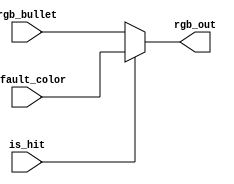
`timescale 1ns / 1ps
//////////////////////////////////////////////////////////////////////////////////
// Company: 
// Engineer: 
// 
// Design Name: 
// Module Name: object_phase_for_enemy_bullet
// Project Name: 
// Target Devices: 
// Tool Versions: 
// Description: 
// 
// Dependencies: 
// 
// Revision:
// Revision 0.01 - File Created
// Additional Comments:
// 
//////////////////////////////////////////////////////////////////////////////////


module object_phase_for_enemy_bullet(
    input [8:0] rgb_bullet,
    input [8:0] default_color,
    input is_hit,
    output [8:0] rgb_out
    );
   
assign rgb_out = is_hit? default_color:rgb_bullet;

endmodule